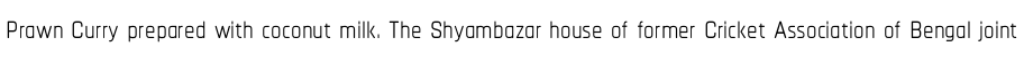
Prawn Curry prepared with coconut milk. The Shyambazar house of former Cricket Association of Bengal joint